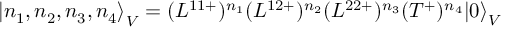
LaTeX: { \left| n _ { 1 } , n _ { 2 } , n _ { 3 } , n _ { 4 } \right\rangle } _ { V } = ( L ^ { 1 1 + } ) ^ { n _ { 1 } } ( L ^ { 1 2 + } ) ^ { n _ { 2 } } ( L ^ { 2 2 + } ) ^ { n _ { 3 } } ( T ^ { + } ) ^ { n _ { 4 } } { | 0 \rangle } _ { V }